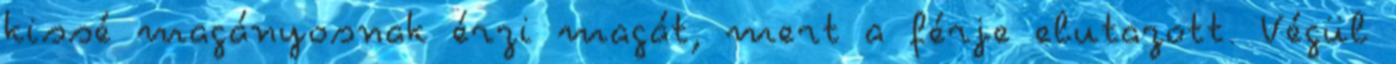
kissé magányosnak érzi magát, mert a férje elutazott. Végül